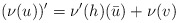
\begin{align*}(\nu(u))'=\nu'(h) (\bar u) + \nu(v)\end{align*}